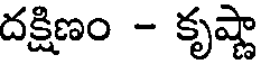
దక్షిణం - కృష్ణా